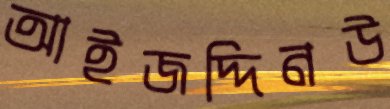
আইজদ্দিনউ